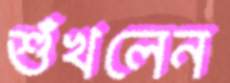
শুঁখলেন